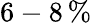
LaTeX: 6-8\, \%